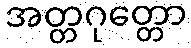
အတ္တဂုတ္တော